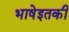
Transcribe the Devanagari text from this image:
भाषेइतकी